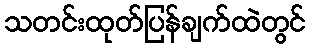
သတင်းထုတ်ပြန်ချက်ထဲတွင်